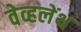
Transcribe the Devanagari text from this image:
वेव्हलेंथ